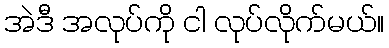
အဲဒီ အလုပ်ကို ငါ လုပ်လိုက်မယ်။